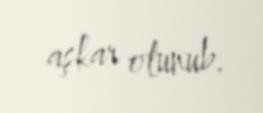
aşkar olunub.